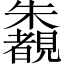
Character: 𣠶